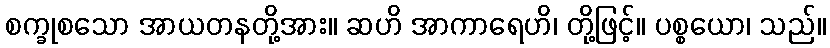
စက္ခုစသော အာယတနတို့အား။ ဆဟိ အာကာရေဟိ၊ တို့ဖြင့်။ ပစ္စယော၊ သည်။